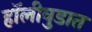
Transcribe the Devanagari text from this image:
हॉलीवुडात